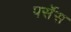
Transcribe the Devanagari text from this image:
पर्सेस